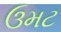
ઉમટ